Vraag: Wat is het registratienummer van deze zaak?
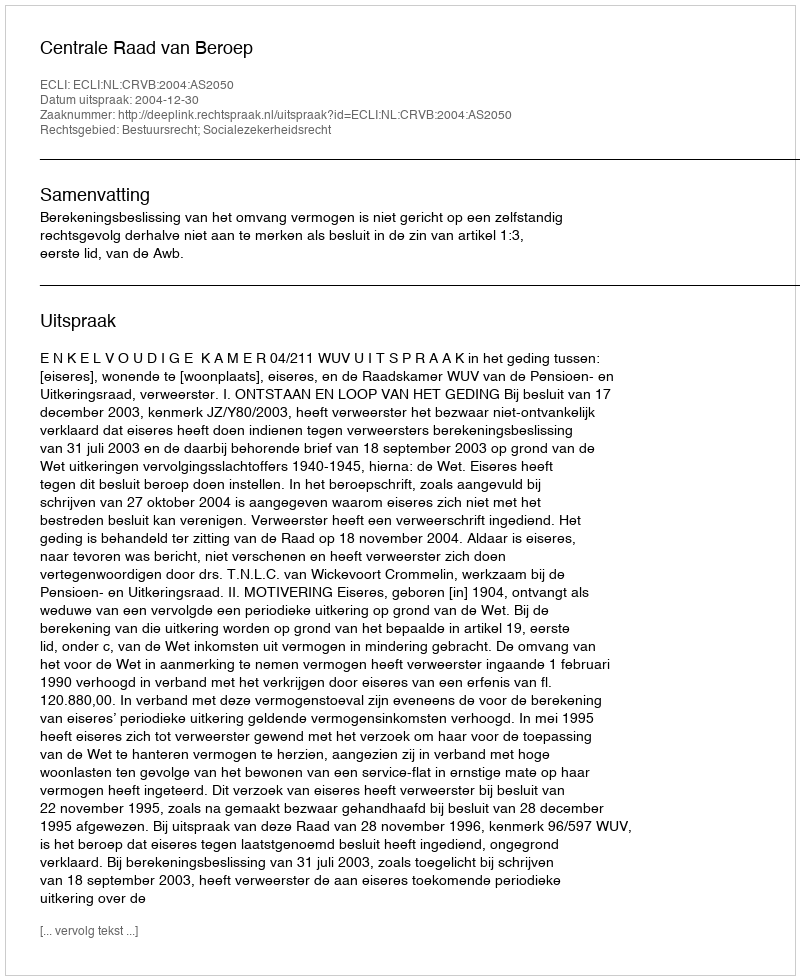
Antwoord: http://deeplink.rechtspraak.nl/uitspraak?id=ECLI:NL:CRVB:2004:AS2050